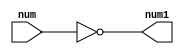
// -------------------------
// Guia_0805
// Nome: Gabriel Samarane Ribeiro
// -------------------------
// -------------------------
// Complemento de 2
// -------------------------


module c1(input num, output num1);
    not NOT_gate(num1,num);
endmodule

module c2(input [5:0] num1, output [6:0] num2);
    assign num2 = num1 + 1;
endmodule

module test;
    reg  [5:0] A;
    wire [5:0] A1;
    wire [6:0] A2;
	
    initial begin
        A = 6'b100111;
    end

    genvar i;
    generate 
        for (i = 0; i < 6; i = i + 1) begin
            c1 complemento(A[i], A1[i]);
        end
    endgenerate
    
    c2 complemento2(A1,A2);
    
    initial begin
        $display("--------- TESTE PARA COMPLEMENTO DE 2 ------------");
        #1;
        $display("O complemento de 2 para o nmero 100111 = %b",A2);

    end
endmodule